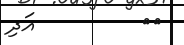
٥٩         އަދި